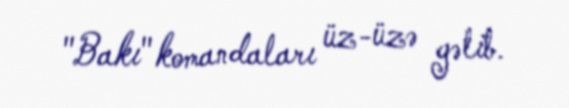
"Bakı" komandaları üz-üzə gəlib.